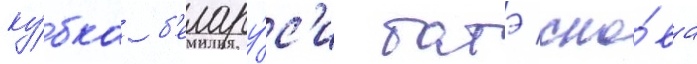
ку́бка б'елару́с'и батэ сно́ва